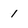
Character: 1